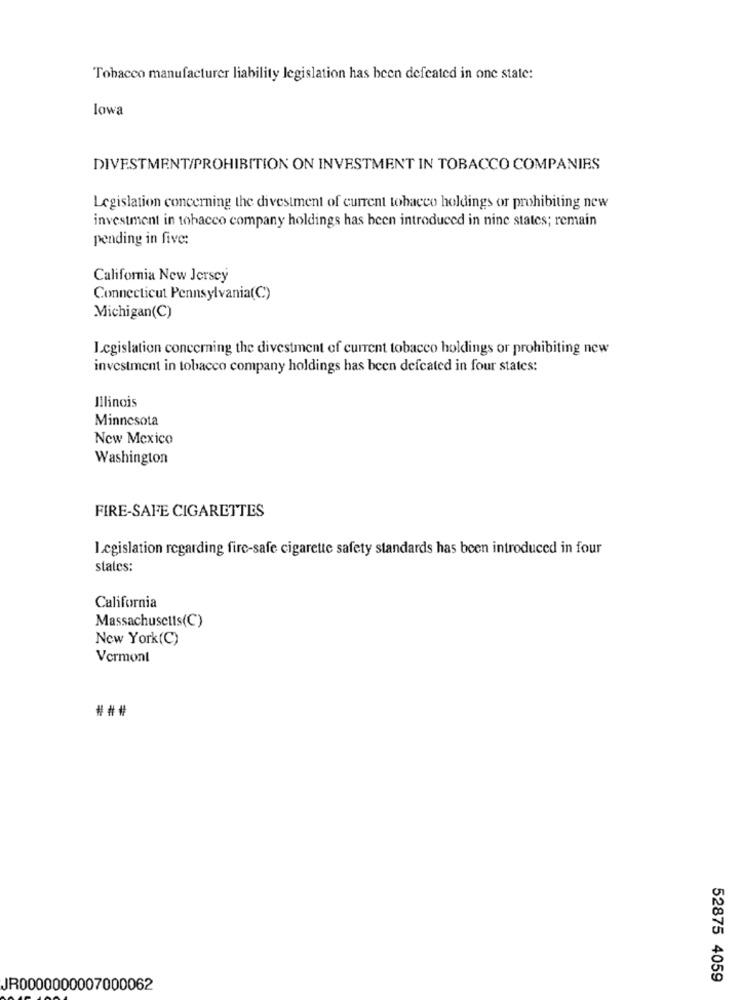
Tobacco manufacturer liability legislation has been defeated in one state:
lowa
DIVESTMENT/PROHIBITION ON INVESTMENT IN TOBACCO COMPANIES
Legislation concerning the divestment of current tobacco holdings or prohibiting new
investment in tobacco company holdings has been introduced in nine states; remain
pending in five:
California New Jersey
Connecticut Pennsylvania(C)
Michigan(C)
Legislation concerning the divestment of current tobacco holdings or prohibiting new
investment in tobacco company holdings has been defeated in four states:
Illinois
Minnesota
New Mexico
Washington
FIRE-SAFE CIGARETTES
Legislation regarding fire-safe cigarette safety standards has been introduced in four
states:
California
Massachusetts(C)
New York(C)
Vermont
###
52875 4059
JR0000000007000062